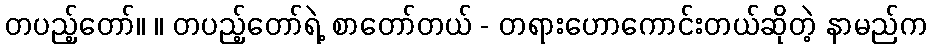
တပည့်တော်။ ။ တပည့်တော်ရဲ့ စာတော်တယ် - တရားဟောကောင်းတယ်ဆိုတဲ့ နာမည်က